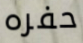
حفره